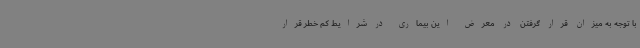
با توجه به میزان قرار گرفتن در معرض این بیماری در شرایط کم خطر قرار